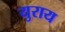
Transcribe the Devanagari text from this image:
युराय